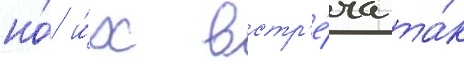
но́ и́х встр'е́ча та́к